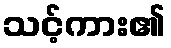
သင့်ကား၏